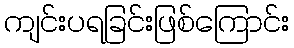
ကျင်းပရခြင်းဖြစ်ကြောင်း